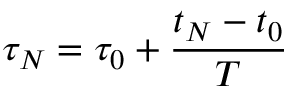
\tau _ { N } = \tau _ { 0 } + \frac { t _ { N } - t _ { 0 } } { T }